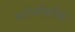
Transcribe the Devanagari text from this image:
स्टोनीक्रीक